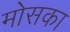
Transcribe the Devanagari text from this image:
मोसका